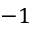
- 1